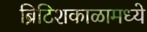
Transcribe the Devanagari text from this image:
ब्रिटिशकाळामध्ये